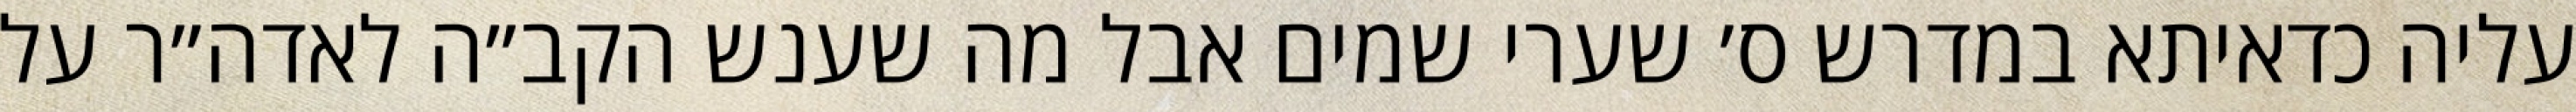
עליה כדאיתא במדרש ס׳ שערי שמים אבל מה שענש הקב״ה לאדה״ר על